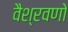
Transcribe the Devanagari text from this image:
वैश्रवणो